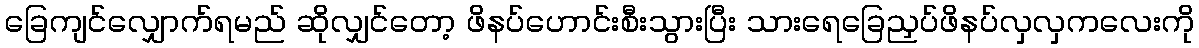
ခြေကျင်လျှောက်ရမည် ဆိုလျှင်တော့ ဖိနပ်ဟောင်းစီးသွားပြီး သားရေခြေညှပ်ဖိနပ်လှလှကလေးကို